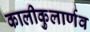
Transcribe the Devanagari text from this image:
कालीकुलार्णव